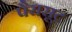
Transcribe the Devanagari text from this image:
पैरासूट